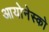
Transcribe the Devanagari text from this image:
आयोनेस्को